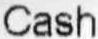
CASH